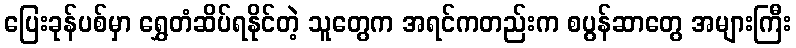
ပြေးခုန်ပစ်မှာ ရွှေတံဆိပ်ရနိုင်တဲ့ သူတွေက အရင်ကတည်းက စပွန်ဆာတွေ အများကြီး